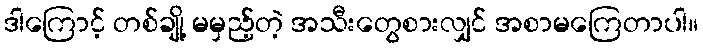
ဒါကြောင့် တစ်ချို့ မမှည့်တဲ့ အသီးတွေစားလျှင် အစာမကြေတာပါ။